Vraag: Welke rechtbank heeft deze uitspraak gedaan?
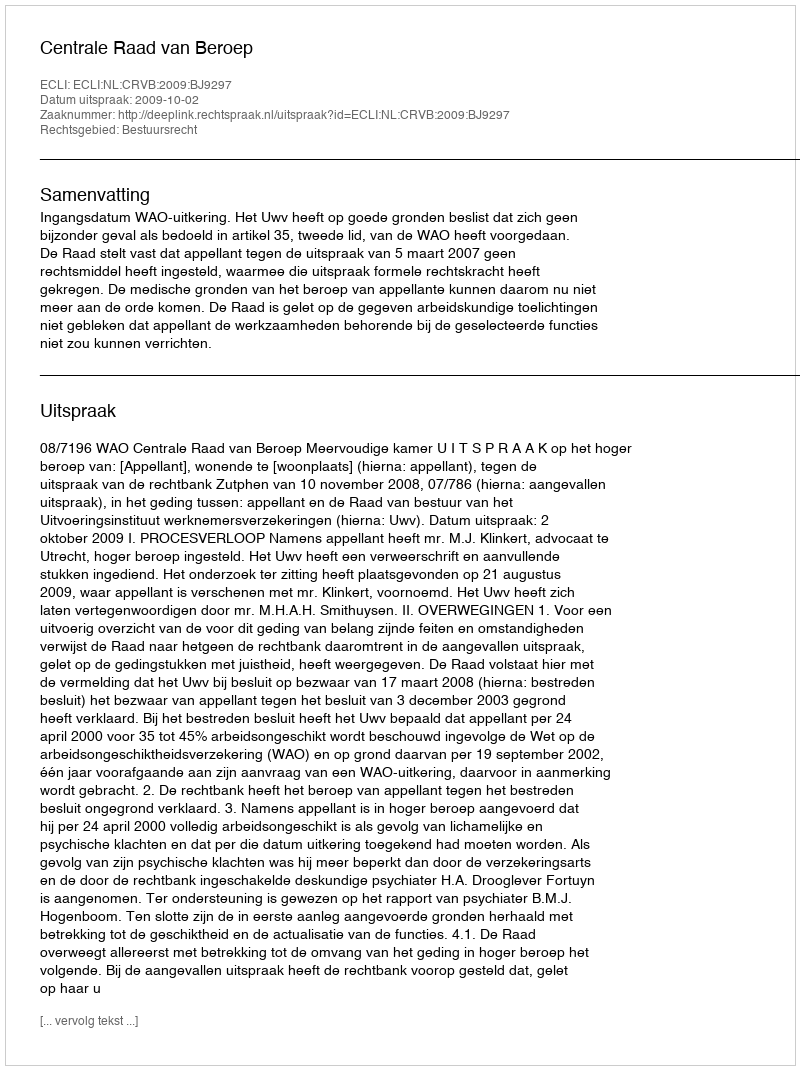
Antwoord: Centrale Raad van Beroep